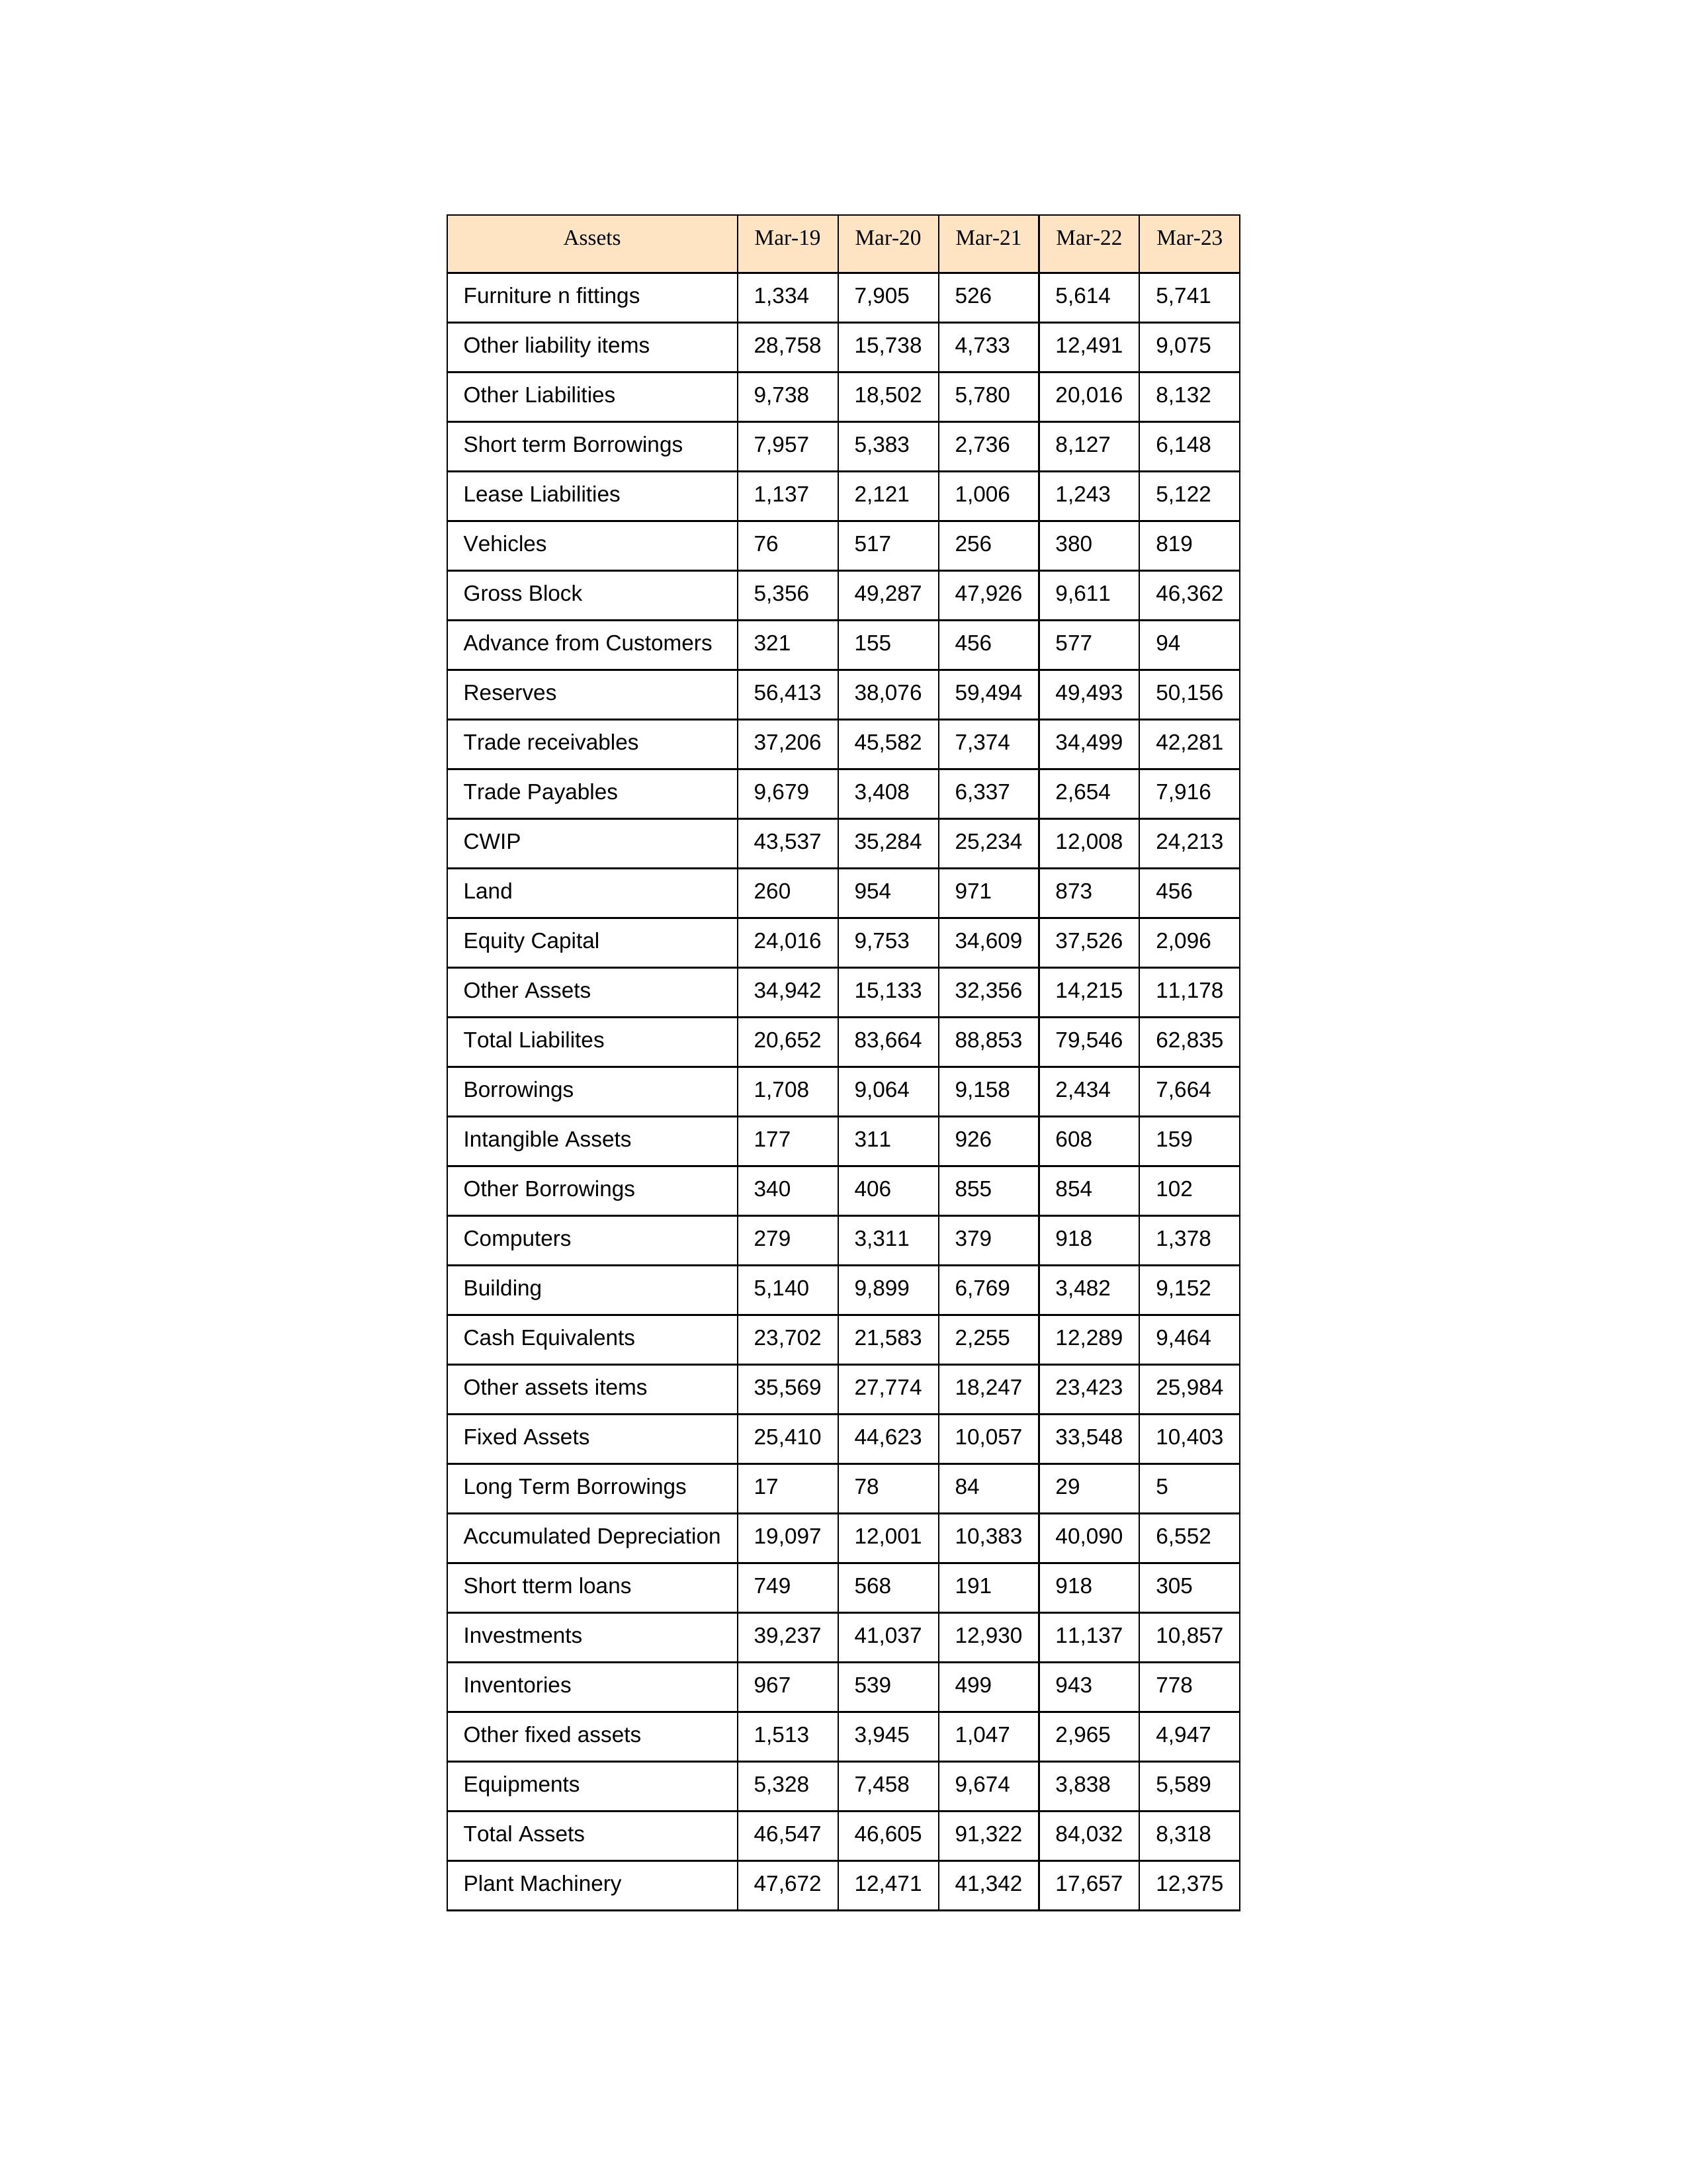
gt_parse: Mar-19: Equity Capital: 24,016
Reserves: 56,413
Borrowings: 1,708
Long Term Borrowings: 17
Short term Borrowings: 7,957
Lease Liabilities: 1,137
Other Borrowings: 340
Other Liabilities: 9,738
Trade Payables: 9,679
Advance from Customers: 321
Other liability items: 28,758
Total Liabilites: 20,652
Fixed Assets: 25,410
Land: 260
Building: 5,140
Plant Machinery: 47,672
Equipments: 5,328
Computers: 279
Furniture n fittings: 1,334
Vehicles: 76
Intangible Assets: 177
Other fixed assets: 1,513
Gross Block: 5,356
Accumulated Depreciation: 19,097
CWIP: 43,537
Investments: 39,237
Other Assets: 34,942
Inventories: 967
Trade receivables: 37,206
Cash Equivalents: 23,702
Short tterm loans: 749
Other assets items: 35,569
Total Assets: 46,547
Mar-20: Equity Capital: 9,753
Reserves: 38,076
Borrowings: 9,064
Long Term Borrowings: 78
Short term Borrowings: 5,383
Lease Liabilities: 2,121
Other Borrowings: 406
Other Liabilities: 18,502
Trade Payables: 3,408
Advance from Customers: 155
Other liability items: 15,738
Total Liabilites: 83,664
Fixed Assets: 44,623
Land: 954
Building: 9,899
Plant Machinery: 12,471
Equipments: 7,458
Computers: 3,311
Furniture n fittings: 7,905
Vehicles: 517
Intangible Assets: 311
Other fixed assets: 3,945
Gross Block: 49,287
Accumulated Depreciation: 12,001
CWIP: 35,284
Investments: 41,037
Other Assets: 15,133
Inventories: 539
Trade receivables: 45,582
Cash Equivalents: 21,583
Short tterm loans: 568
Other assets items: 27,774
Total Assets: 46,605
Mar-21: Equity Capital: 34,609
Reserves: 59,494
Borrowings: 9,158
Long Term Borrowings: 84
Short term Borrowings: 2,736
Lease Liabilities: 1,006
Other Borrowings: 855
Other Liabilities: 5,780
Trade Payables: 6,337
Advance from Customers: 456
Other liability items: 4,733
Total Liabilites: 88,853
Fixed Assets: 10,057
Land: 971
Building: 6,769
Plant Machinery: 41,342
Equipments: 9,674
Computers: 379
Furniture n fittings: 526
Vehicles: 256
Intangible Assets: 926
Other fixed assets: 1,047
Gross Block: 47,926
Accumulated Depreciation: 10,383
CWIP: 25,234
Investments: 12,930
Other Assets: 32,356
Inventories: 499
Trade receivables: 7,374
Cash Equivalents: 2,255
Short tterm loans: 191
Other assets items: 18,247
Total Assets: 91,322
Mar-22: Equity Capital: 37,526
Reserves: 49,493
Borrowings: 2,434
Long Term Borrowings: 29
Short term Borrowings: 8,127
Lease Liabilities: 1,243
Other Borrowings: 854
Other Liabilities: 20,016
Trade Payables: 2,654
Advance from Customers: 577
Other liability items: 12,491
Total Liabilites: 79,546
Fixed Assets: 33,548
Land: 873
Building: 3,482
Plant Machinery: 17,657
Equipments: 3,838
Computers: 918
Furniture n fittings: 5,614
Vehicles: 380
Intangible Assets: 608
Other fixed assets: 2,965
Gross Block: 9,611
Accumulated Depreciation: 40,090
CWIP: 12,008
Investments: 11,137
Other Assets: 14,215
Inventories: 943
Trade receivables: 34,499
Cash Equivalents: 12,289
Short tterm loans: 918
Other assets items: 23,423
Total Assets: 84,032
Mar-23: Equity Capital: 2,096
Reserves: 50,156
Borrowings: 7,664
Long Term Borrowings: 5
Short term Borrowings: 6,148
Lease Liabilities: 5,122
Other Borrowings: 102
Other Liabilities: 8,132
Trade Payables: 7,916
Advance from Customers: 94
Other liability items: 9,075
Total Liabilites: 62,835
Fixed Assets: 10,403
Land: 456
Building: 9,152
Plant Machinery: 12,375
Equipments: 5,589
Computers: 1,378
Furniture n fittings: 5,741
Vehicles: 819
Intangible Assets: 159
Other fixed assets: 4,947
Gross Block: 46,362
Accumulated Depreciation: 6,552
CWIP: 24,213
Investments: 10,857
Other Assets: 11,178
Inventories: 778
Trade receivables: 42,281
Cash Equivalents: 9,464
Short tterm loans: 305
Other assets items: 25,984
Total Assets: 8,318